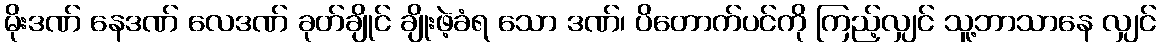
မိုးဒဏ် နေဒဏ် လေဒဏ် ခုတ်ချိုင် ချိုးဖဲ့ခံရ သော ဒဏ်၊ ပိတောက်ပင်ကို ကြည့်လျှင် သူ့ဘာသာနေ လျှင်